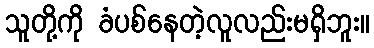
သူတို့ကို ခံပစ်နေတဲ့လူလည်းမရှိဘူး။